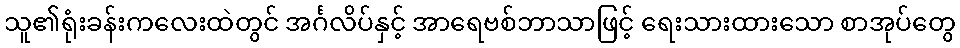
သူ၏ရုံးခန်းကလေးထဲတွင် အင်္ဂလိပ်နှင့် အာရေဗစ်ဘာသာဖြင့် ရေးသားထားသော စာအုပ်တွေ